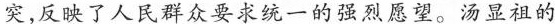
突，反映了人民群众要求统一的强烈愿望。汤显祖的